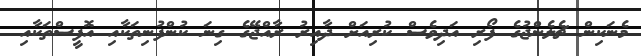
މެނަކިން ޗެލެންޖުގެ ފޯރި އަދިވެސް ކުރިއަށް ދާއިރު ރާއްޖޭގެ ގިނަ ކުންފުނިތަކާއި އޮފީސްތަކާއި